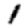
Digit: 1